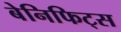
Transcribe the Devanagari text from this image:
बेनिफिट्स